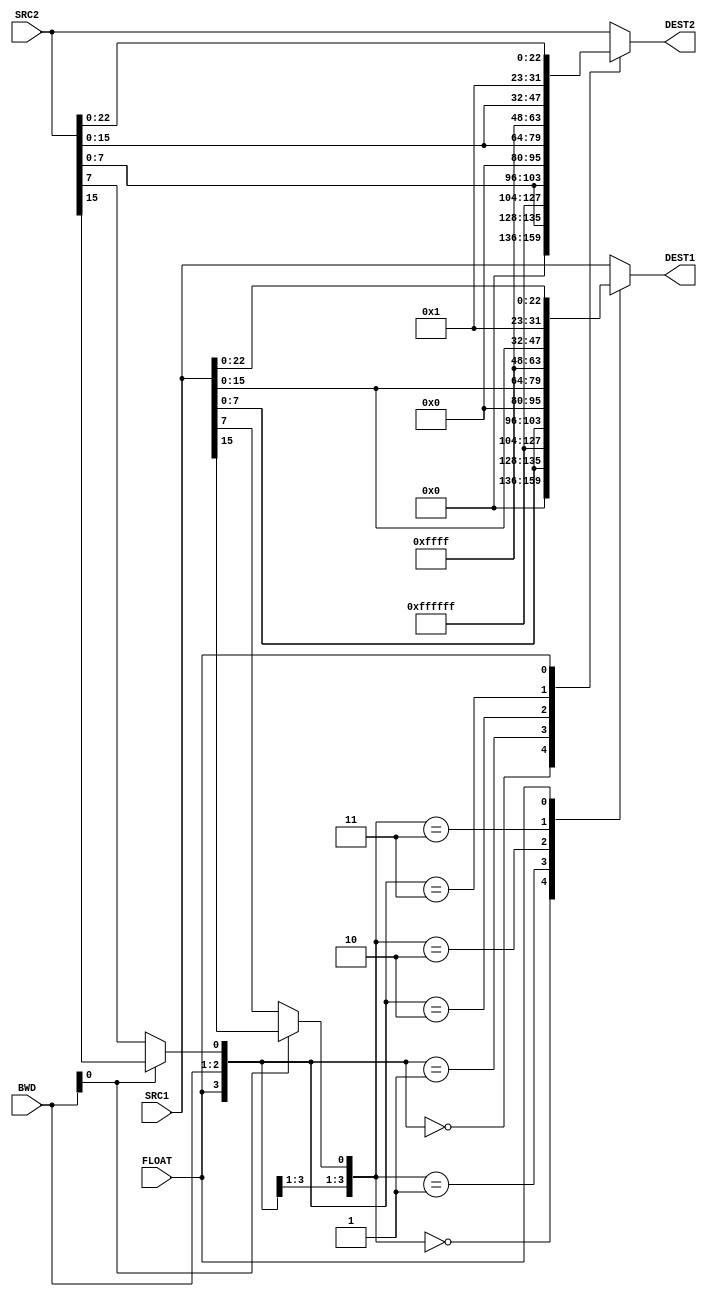
module MULFILTER (BWD, FLOAT, SRC1, SRC2, DEST1, DEST2);
	input	 [1:0]	BWD;
	input			FLOAT;
	input	[31:0]	SRC1,SRC2;
	output	[31:0]	DEST1,DEST2;
	wire			sign1,sign2;
	reg		[31:0]	DEST1,DEST2;
	assign sign1 = BWD[0] ? SRC1[15] : SRC1[7];
	always @(FLOAT or BWD or SRC1 or sign1)
		casex ({FLOAT,BWD,sign1})
		  4'b0_00_0 : DEST1 = {24'h000000, SRC1[7:0]};
		  4'b0_00_1 : DEST1 = {24'hFFFFFF, SRC1[7:0]};
		  4'b0_01_0 : DEST1 = {  16'h0000,SRC1[15:0]};
		  4'b0_01_1 : DEST1 = {  16'hFFFF,SRC1[15:0]};
		  4'b1_xx_x : DEST1 = {    9'h001,SRC1[22:0]};
		  default	: DEST1 = SRC1;
		endcase
	assign sign2 = BWD[0] ? SRC2[15] : SRC2[7];
	always @(FLOAT or BWD or SRC2 or sign2)
		casex ({FLOAT,BWD,sign2})
		  4'b0_00_0 : DEST2 = {24'h000000, SRC2[7:0]};
		  4'b0_00_1 : DEST2 = {24'hFFFFFF, SRC2[7:0]};
		  4'b0_01_0 : DEST2 = {  16'h0000,SRC2[15:0]};
		  4'b0_01_1 : DEST2 = {  16'hFFFF,SRC2[15:0]};
		  4'b1_xx_x : DEST2 = {    9'h001,SRC2[22:0]};
		  default	: DEST2 = SRC2;
		endcase
endmodule